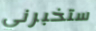
ستخبرني